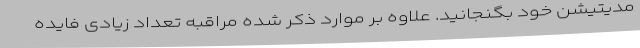
مدیتیشن خود بگنجانید. علاوه بر موارد ذکر شده مراقبه تعداد زیادی فایده